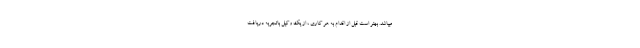
میباشد. بهتر است قبل از اقدام به هر کاری ، از یک وکیل باتجربه دریافت